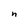
Character: h